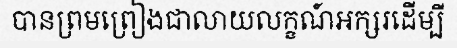
បានព្រមព្រៀងជាលាយលក្ខណ៍អក្សរដើម្បី